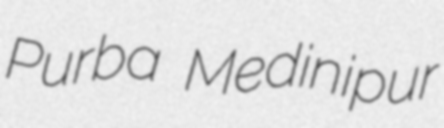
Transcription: Purba Medinipur